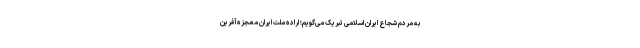
به مردم شجاع ایران اسلامی تبریک می‌گویم؛ اراده ملت ایران معجزه‌آفرین